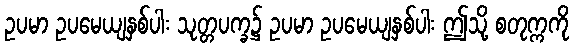
ဥပမာ ဥပမေယျနှစ်ပါး သုတ္တပက္ခ၌ ဥပမာ ဥပမေယျနှစ်ပါး ဤသို့ စတုက္ကကို